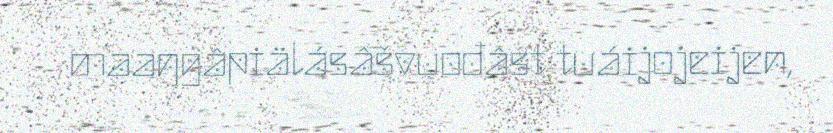
maaŋgâpiälásâšvuođâst tuáijojeijen,